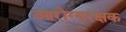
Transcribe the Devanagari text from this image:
आरोग्यरक्षक